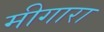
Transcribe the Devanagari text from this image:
मीगारा